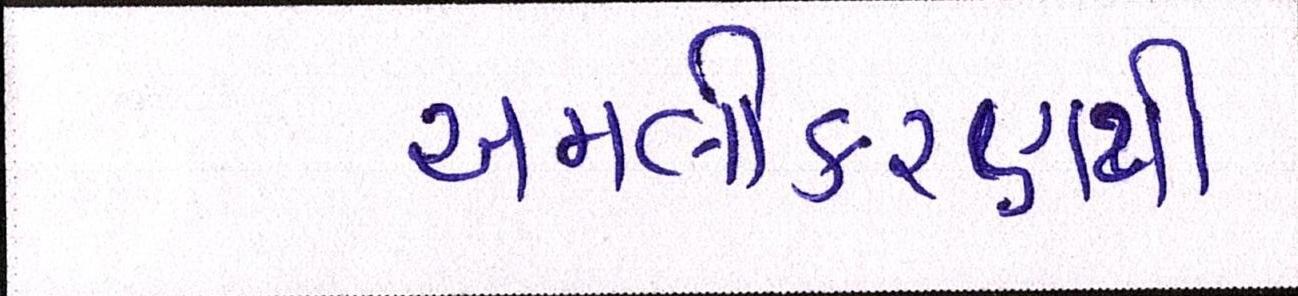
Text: અમલીકરણથી